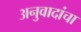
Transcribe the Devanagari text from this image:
अनुवादांचा